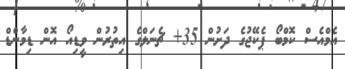
އެމްއެސް ކޮމްބޯ ޕެކޭޖުގެ ދަށުން 35+ ޗެނަލްގެ އިތުރުން ވީޑިއޯ އޮން ޑިމާންޑް